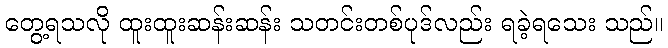
တွေ့ရသလို ထူးထူးဆန်းဆန်း သတင်းတစ်ပုဒ်လည်း ရခဲ့ရသေး သည်။